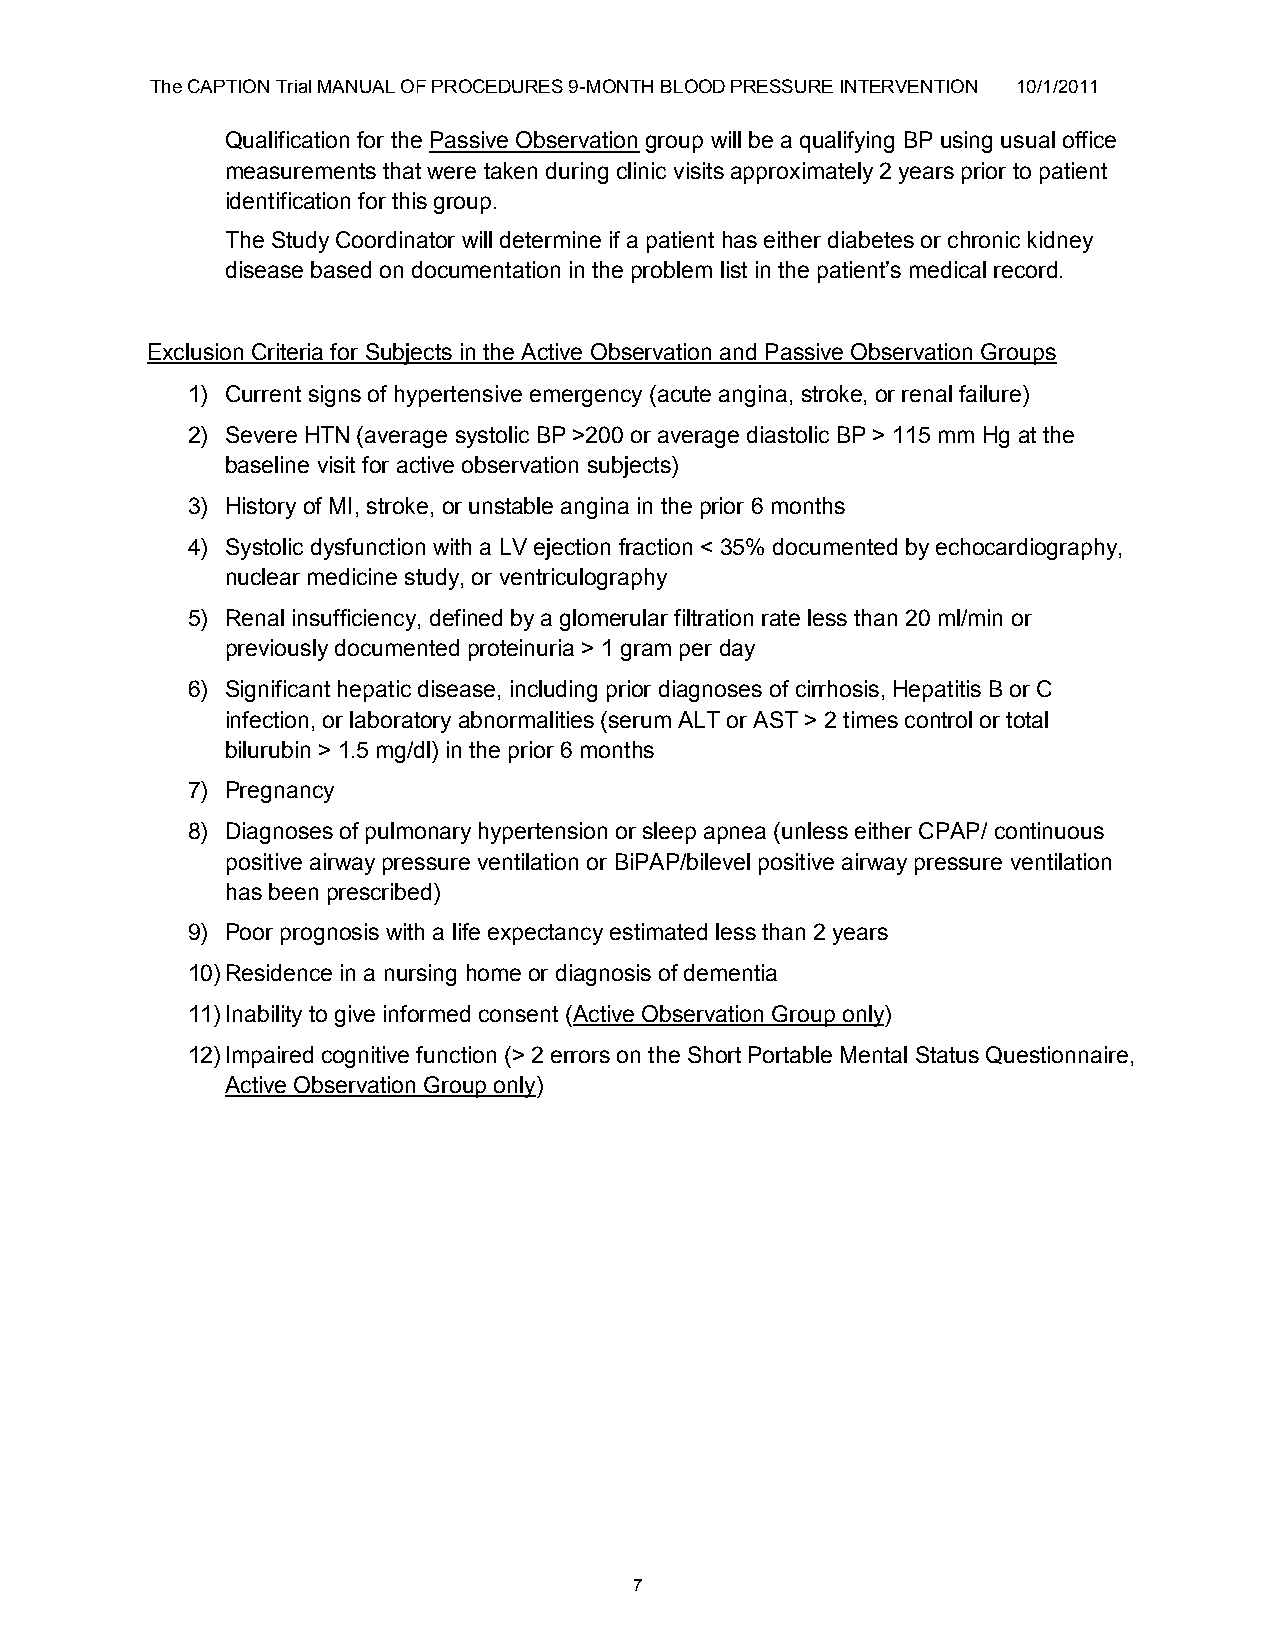
The CAPTION Trial MANUAL OF PROCEDURES 9-MONTH BLOOD PRESSURE INTERVENTION 10/1/2011
 Qualification for the Passive Observation group will be a qualifying BP using usual office
 measurements that were taken during clinic visits approximately 2 years prior to patient
 identification for this group.
 The Study Coordinator will determine if a patient has either diabetes or chronic kidney
 disease based on documentation in the problem list in the patient‟s medical record.
 Exclusion Criteria for Subjects in the Active Observation and Passive Observation Groups
 1) Current signs of hypertensive emergency (acute angina, stroke, or renal failure)
 2) Severe HTN (average systolic BP >200 or average diastolic BP > 115 mm Hg at the
 baseline visit for active observation subjects)
 3) History of MI, stroke, or unstable angina in the prior 6 months
 4) Systolic dysfunction with a LV ejection fraction < 35% documented by echocardiography,
 nuclear medicine study, or ventriculography
 5) Renal insufficiency, defined by a glomerular filtration rate less than 20 ml/min or
 previously documented proteinuria > 1 gram per day
 6) Significant hepatic disease, including prior diagnoses of cirrhosis, Hepatitis B or C
 infection, or laboratory abnormalities (serum ALT or AST > 2 times control or total
 bilurubin > 1.5 mg/dl) in the prior 6 months
 7) Pregnancy
 8) Diagnoses of pulmonary hypertension or sleep apnea (unless either CPAP/ continuous
 positive airway pressure ventilation or BiPAP/bilevel positive airway pressure ventilation
 has been prescribed)
 9) Poor prognosis with a life expectancy estimated less than 2 years
 10) Residence in a nursing home or diagnosis of dementia
 11) Inability to give informed consent (Active Observation Group only)
 12) Impaired cognitive function (> 2 errors on the Short Portable Mental Status Questionnaire,
 Active Observation Group only)
 7